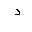
Letter: _dal